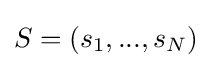
S=(s_{1},...,s_{N})